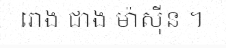
រោង ជាង ម៉ាស៊ីន ។